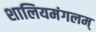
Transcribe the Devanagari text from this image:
शालियमंगलम्‌